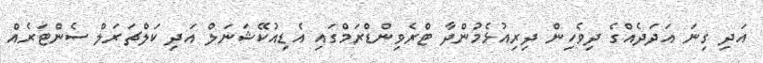
އަދި ގިނަ އަދަދެއްގެ ދިވެހިން ދިރިއުޅެމުންދާ ޓްރެވިންޑްރަމްގައި އެޑިއުކޭޝަނަލް އަދި ކަލްޗަރަލް ސެންޓަރެއް